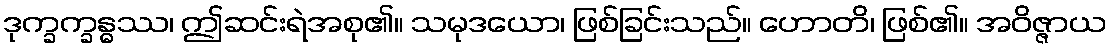
ဒုက္ခက္ခန္ဓဿ၊ ဤဆင်းရဲအစု၏။ သမုဒယော၊ ဖြစ်ခြင်းသည်။ ဟောတိ၊ ဖြစ်၏။ အဝိဇ္ဇာယ